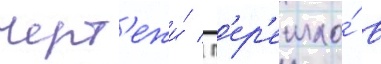
черт'ежи́ / п'ер'ешло́ в